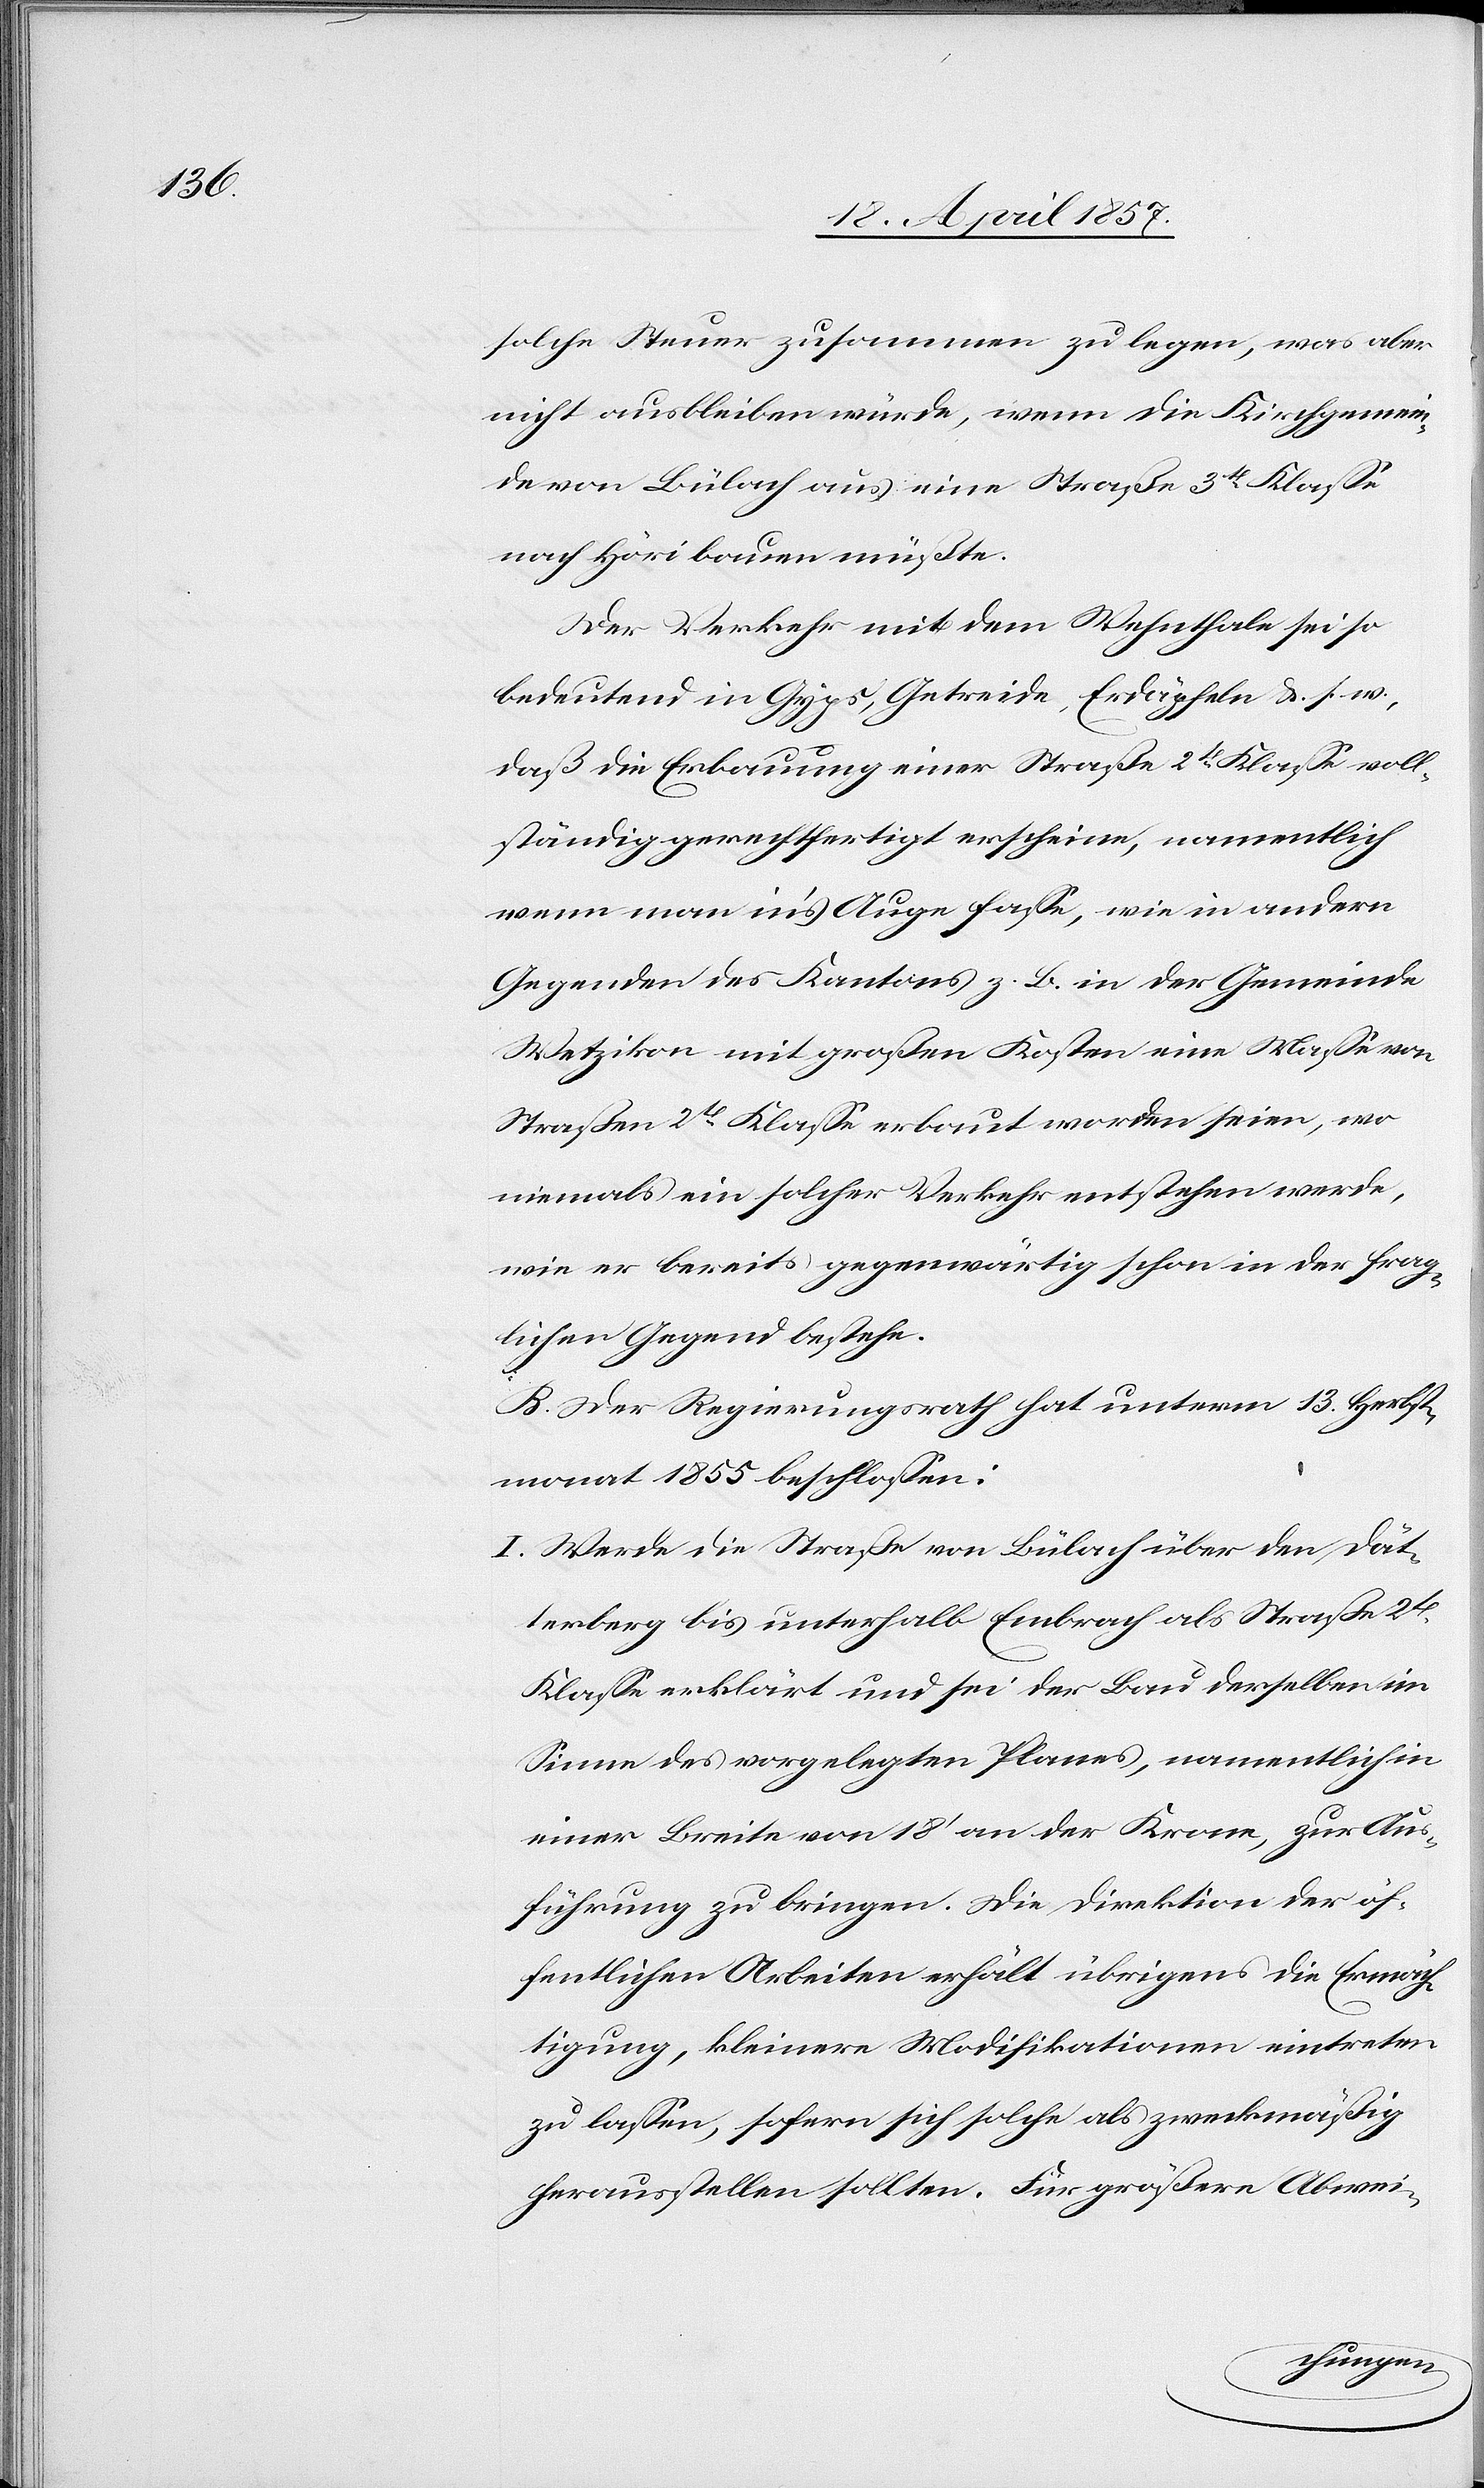
solche Steuer zusammen zu legen, was aber
nicht ausbleiben würde, wenn die Kirchgemein¬
de von Bülach aus eine Straße 3t Klasse
nach Höri bauen müßte.
Der Verkehr mit dem Wehnthale sei so
bedeutend in Gyps, Getreide, Erdäpfeln &. s. w.,
daß die Erbauung einer Straße 2t Klasse voll¬
ständig gerechtfertigt erscheine, namentlich
wenn man in's Auge fasse, wie in andern
Gegenden des Kantons z. B. in der Gemeinde
Wetzikon mit großen Kosten eine Masse von
Straßen 2t Klasse erbaut worden seien, wo
niemals ein solcher Verkehr entstehen werde,
wie er bereits gegenwärtig schon in der frag¬
lichen Gegend bestehe.
B. Der Regierungsrath hat unterm 13. Herbst¬
monat 1855 beschlossen:
I. Werde die Straße von Bülach über den Dät¬
terberg bis unterhalb Embrach als Straße 2t
Klasse erklärt und sei der Bau derselben im
Sinne des vorgelegten Planes, namentlich in
einer Breite von 18' an der Krone, zur Aus¬
führung zu bringen. Die Direktion der öf¬
fentlichen Arbeiten erhält übrigens die Ermäch¬
tigung, kleinere Modifikationen eintreten
zu lassen, sofern sich solche als zweckmäßig
herausstellen sollten. Für größere Abwei-